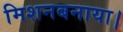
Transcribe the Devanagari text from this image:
मिशनबनाया।